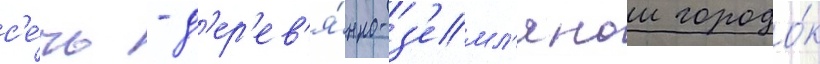
с'е́чь - д'ер'ев'я́нно-з'емл'янои городо́к